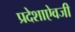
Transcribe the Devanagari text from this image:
प्रदेशाऐवजी